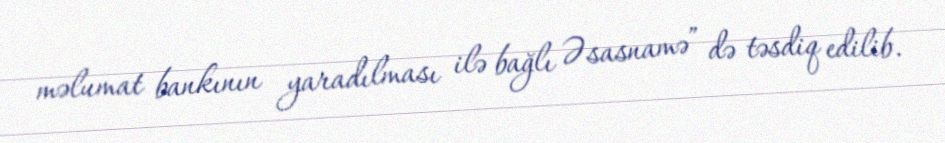
məlumat bankının yaradılması ilə bağlı Əsasnamə” də təsdiq edilib.